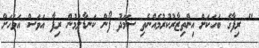
" ރިފާގެ ބަހަކަށް އިންތިޒާރުކުރުމެއްނެތި ސަމަދު ފޯން ކަނޑާލުމުން ރިފާ އަވަސް އަވަހަށް